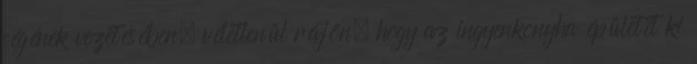
cégének vezetésében, véletlenül rájön, hogy az ingyenkonyha épületét ki